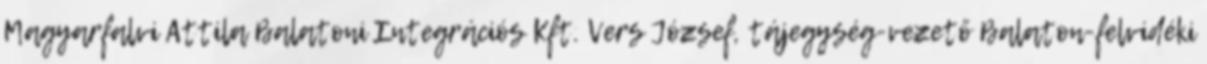
Magyarfalvi Attila Balatoni Integrációs Kft. Vers József, tájegység-vezető Balaton-felvidéki